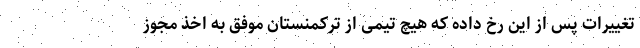
تغییرات پس از این رخ داده که هیچ تیمی از ترکمنستان موفق به اخذ مجوز